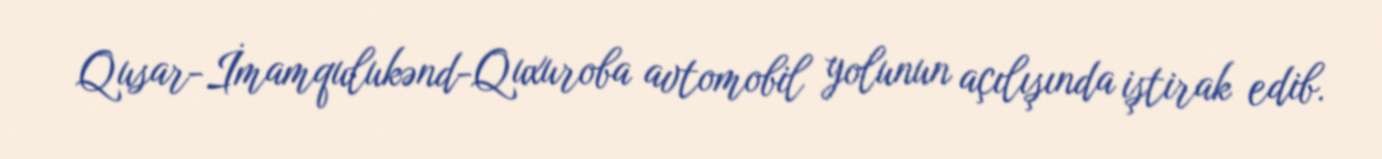
Qusar-İmamqulukənd-Quxuroba avtomobil yolunun açılışında iştirak edib.